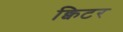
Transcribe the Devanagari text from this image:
क्विटर